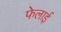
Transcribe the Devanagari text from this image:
फेलाई